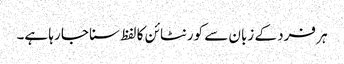
ہر فرد کے زبان سے کورنٹائن کا لفظ سنا جا رہا ہے۔